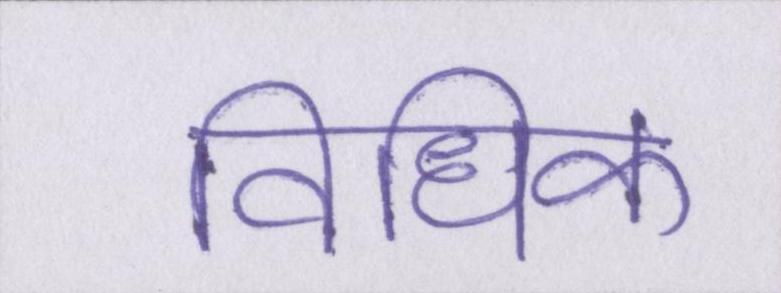
विधिक